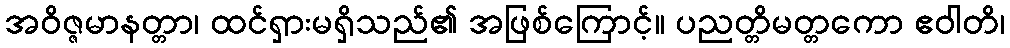
အဝိဇ္ဇမာနတ္တာ၊ ထင်ရှားမရှိသည်၏ အဖြစ်ကြောင့်။ ပညတ္တိမတ္တကော ဧဝါတိ၊